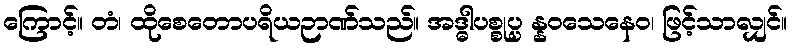
ကြောင့်။ တံ၊ ထိုစေတောပရိယဉာဏ်သည်။ အဒ္ဓါပစ္စုပ္ပ န္နဝသေနေဝ၊ ဖြင့်သာလျှင်။